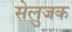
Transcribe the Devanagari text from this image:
सेलुजक